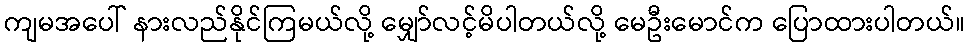
ကျမအပေါ် နားလည်နိုင်ကြမယ်လို့ မျှော်လင့်မိပါတယ်လို့ မေဦးမောင်က ပြောထားပါတယ်။